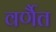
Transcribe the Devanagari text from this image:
वर्णैत